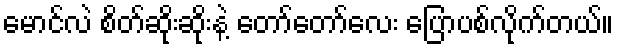
မောင်လဲ စိတ်ဆိုးဆိုးနဲ့ တော်တော်လေး ပြောပစ်လိုက်တယ်။